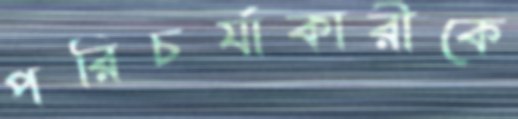
পরিচর্যাকারীকে